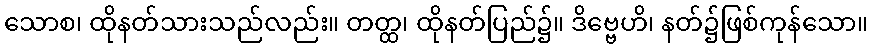
သောစ၊ ထိုနတ်သားသည်လည်း။ တတ္ထ၊ ထိုနတ်ပြည်၌။ ဒိဗ္ဗေဟိ၊ နတ်၌ဖြစ်ကုန်သော။